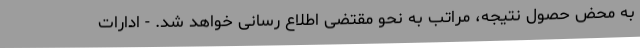
به محض حصول نتیجه، مراتب به نحو مقتضی اطلاع رسانی خواهد شد. - ادارات